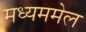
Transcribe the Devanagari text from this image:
मध्यममेल